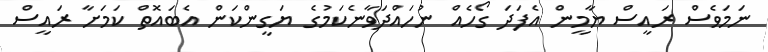
ނަމަވެސް ރައީސް ޔާމީން އެފަދަ ގޯހެއް ނުހައްދަވާނެކަމުގެ ޔަގީންކަން އެބައޮތް ކަމަށާ ރައީސް